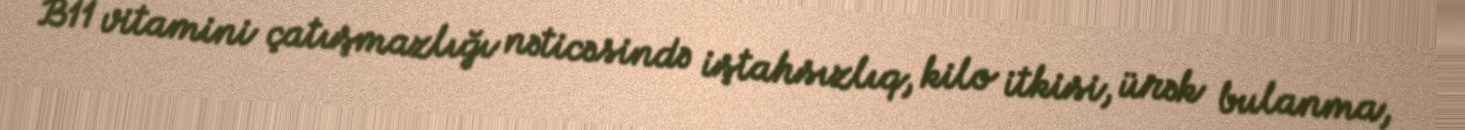
B11 vitamini çatışmazlığı nəticəsində iştahsızlıq, kilo itkisi, ürək bulanma,